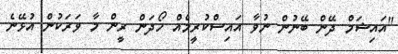
"އައިޝަމް ދޭން ބޭނުން ނުވާ އައިސްކުރީމެއް ހޯދަން ރީން މާ ވަރަކުން އުޅޭނެ